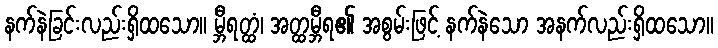
နက်နဲခြင်းလည်းရှိထသော။ မ္ဘီရတ္ထံ၊ အတ္ထမ္ဘီရ၏ အစွမ်းဖြင့် နက်နဲသော အနက်လည်းရှိထသော။